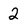
Character: 2